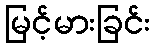
မြင့်မားခြင်း